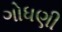
ગોધણી